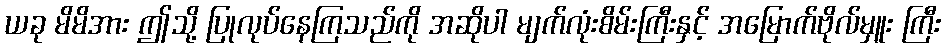
ယခု မိမိအား ဤသို့ ပြုလုပ်နေကြသည်ကို အဆိုပါ မျက်လုံးစိမ်းကြီးနှင့် အမြောက်ဗိုလ်မှူး ကြီး